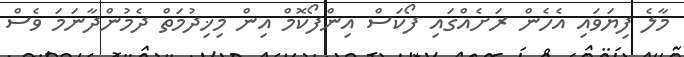
މާލެ ފިޔަވައި އެހެން ރަށެއްގައި ފޯކަސް އިންފޯކޮމް އިން މިޚިދުމަތް ދެމުންދާނަމަ ވެސް